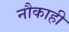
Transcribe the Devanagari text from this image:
नौकाही